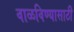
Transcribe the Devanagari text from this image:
वाळविण्यासाठी